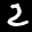
Label: 2